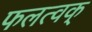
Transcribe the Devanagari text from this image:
फलत्वक्